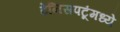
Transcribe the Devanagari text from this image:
टेनिसपटूंमध्ये